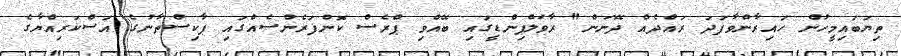
ތިޔަބައިމީހުން ހައިރާންވާފަދަ ރައްދެއް ދޭނަން" ރާވަލްޕިންޑީގައި ބޭއްވި ޕްރެސް ކޮންފަރެންސެއްގައި ޕާކިސްތާނުގެ އަސްކަރިއްޔާގެ